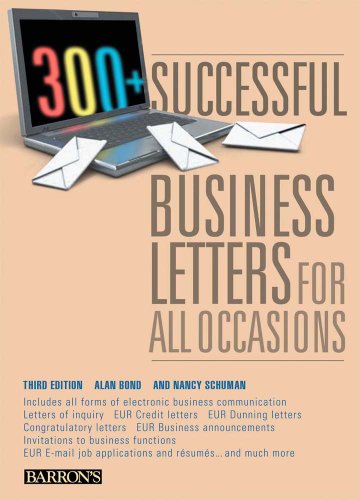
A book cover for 300+ Successful Business Letters for All Occasions (Barron's 300+ Successful Business Letters for All Occasions); Alan Bond; Business & Money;